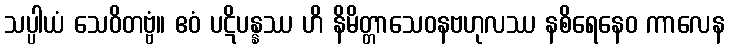
သပ္ပါယံ သေဝိတဗ္ဗံ။ ဧဝံ ပဋိပန္နဿ ဟိ နိမိတ္တာသေဝနဗဟုလဿ နစိရေနေဝ ကာလေန